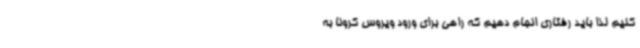
کنیم لذا باید رفتاری انجام دهیم که راهی برای ورود ویروس کرونا به